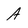
Character: A